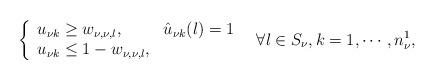
LaTeX: \begin{align*} \left\{ \begin{array}{l l}u_{\nu k} \ge w_{\nu,\nu,l}, & \hat{u}_{\nu k}(l)=1 \\u_{\nu k} \le 1-w_{\nu,\nu,l}, & \end{array} \right.~~ \forall l\in S_{\nu}, k=1,\cdots,n_\nu^1,\end{align*}